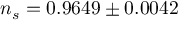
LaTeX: n _ { s } = 0 . 9 6 4 9 \pm 0 . 0 0 4 2